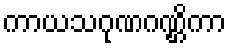
ကာယသဂုဏဂဏ္ဌိကာ